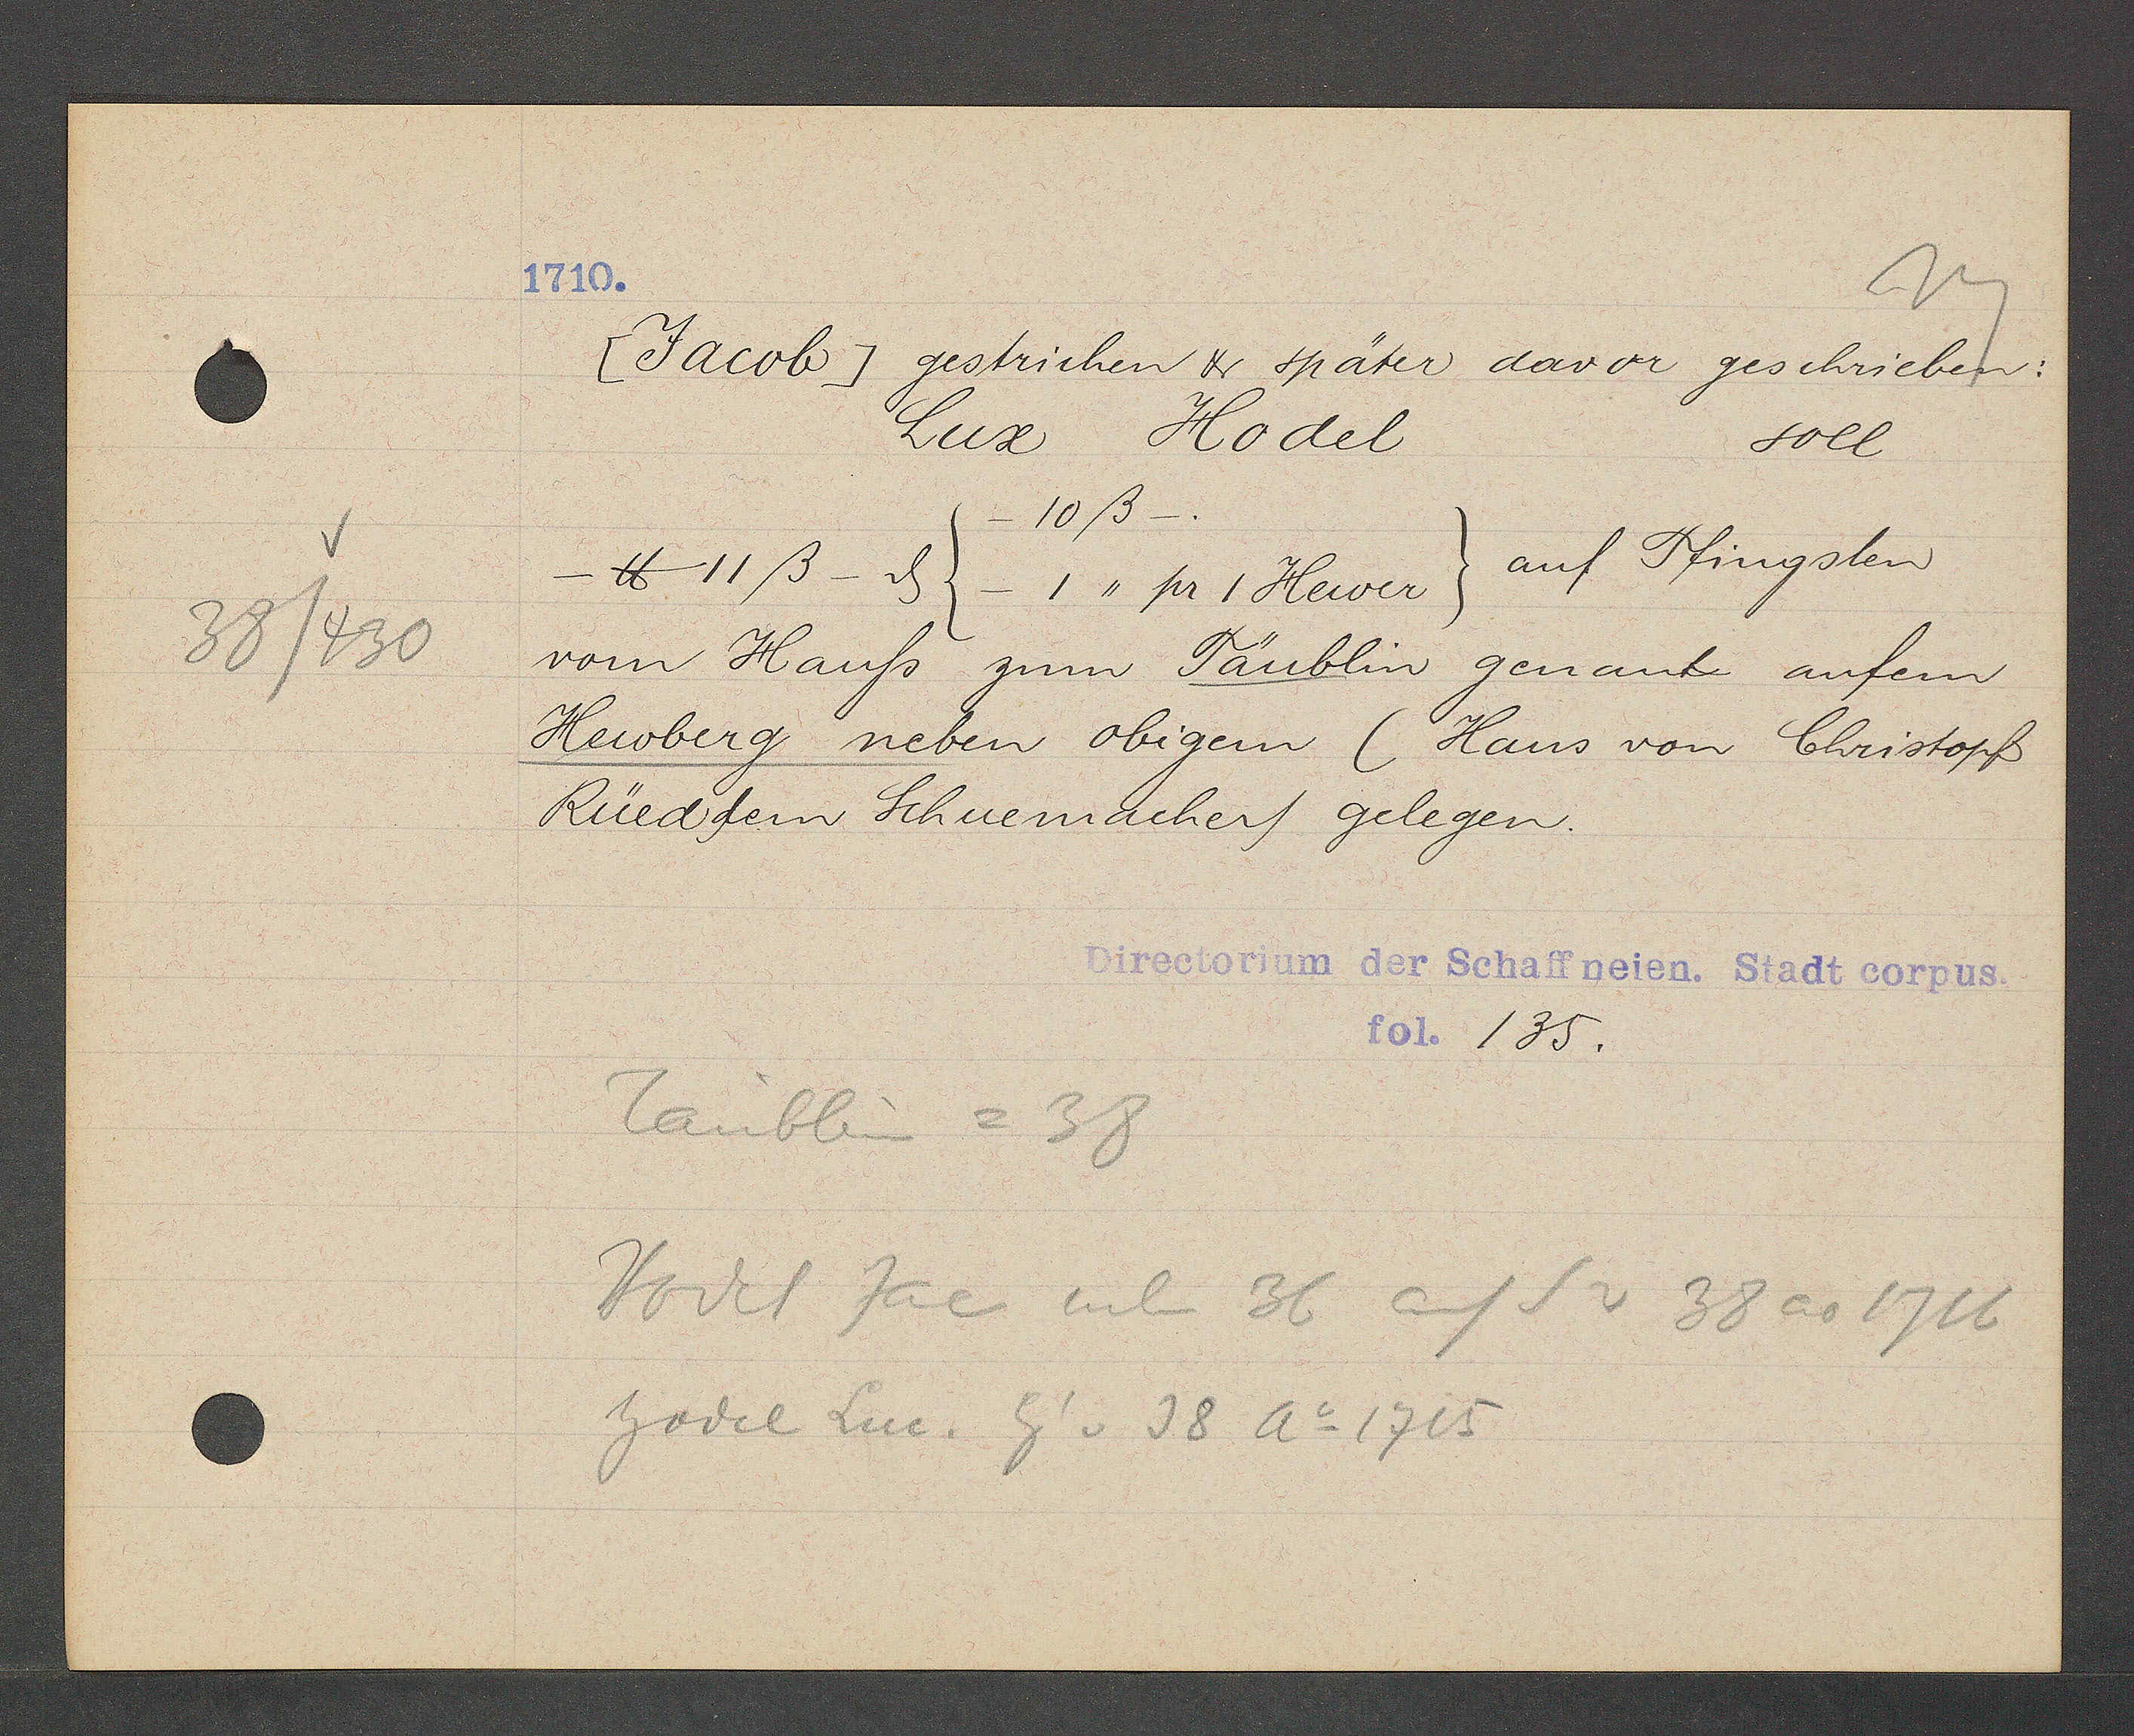
Transcript:
38/430

1710.

[Jacob] gestrichen & später davor geschrieben:
Lux Hodel
soll
-10ß-.
-℔ 11ß - ȡ (_.1,, pr 1 Hewer) auf Pfingsten
vom Hauss zum Täublin genante aufem
Hewberg neben obigem (Haus von Christopf
Rüed dem Schuemacher gelegen.

Taublin = 38
Hodel Jac neben 36 auf S v 38 ao 1716
hodel Luc. Eig v 38 Ao 1715

Directorium der Schaffneien. Stadt corpus.
fol. 135.